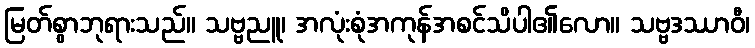
မြတ်စွာဘုရားသည်။ သဗ္ဗညူ၊ အလုံးစုံအကုန်အစင်သိပါ၏လော။ သဗ္ဗဒဿာဝီ၊